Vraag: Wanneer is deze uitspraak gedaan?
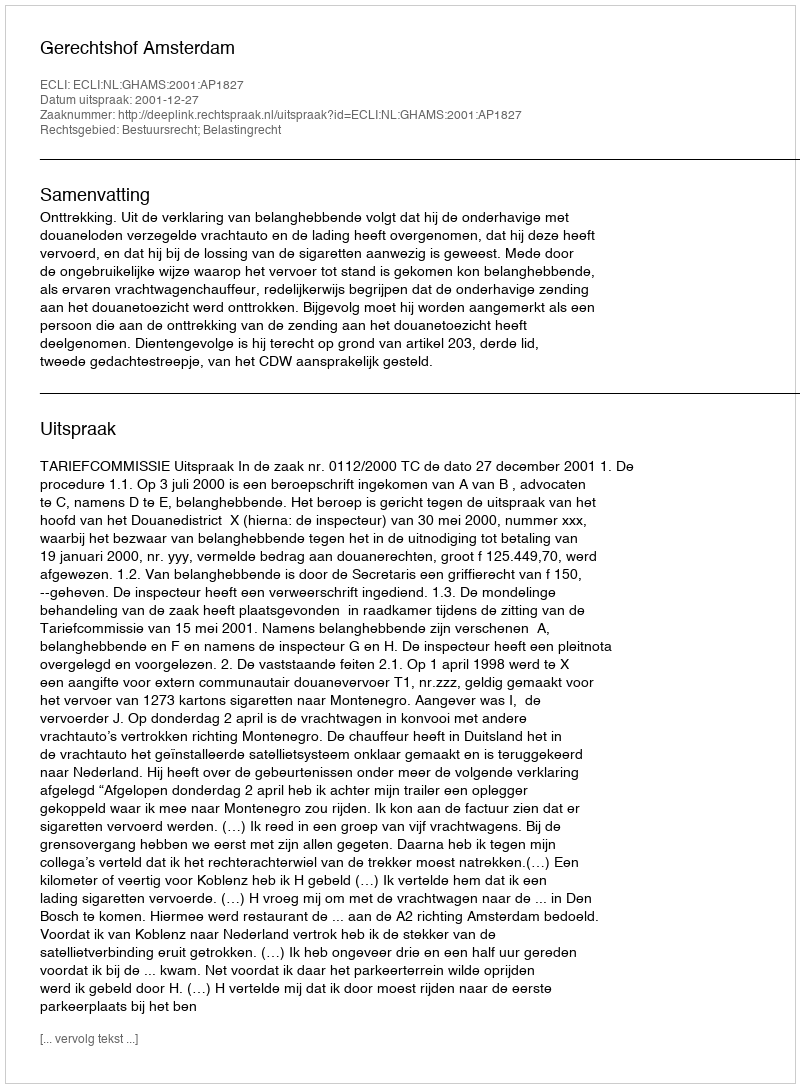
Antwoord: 2001-12-27